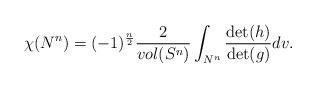
LaTeX: \begin{align*}\chi(N^n)=(-1)^{\frac{n}{2}}\frac{2}{vol(S^{n})}\int_{N^n}\frac{\det(h)}{\det(g)}dv. \end{align*}